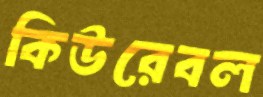
কিউরেবল